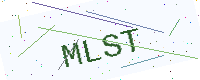
Text: MLST